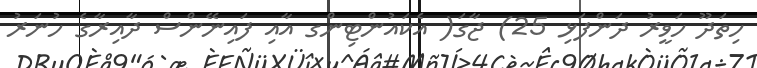
ހިތަދޫ ހަވީރު ދަންފަޅި 25) ޖާގަ( އެކައުންޓިންގ އާއި ފައިނޭންސް ދާއިރާގެ ހުނަރު